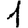
Digit: 1